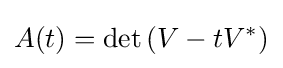
A(t)=\det \left(V-tV^{*}\right)